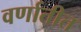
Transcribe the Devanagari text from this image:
वर्णातीत